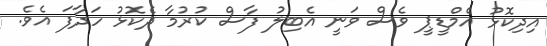
އިދިކޮޅު އެމްޑީޕީ ވެސް ވަނީ އެބިލު ފާސް ކުރުމާ ދެކޮޅު ހަދާފަ އެވެ.